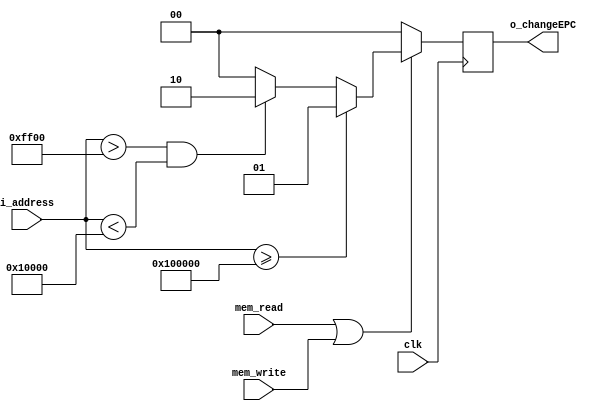
module HDU_EXCEPTIONS (
    i_address,
    mem_read,
    mem_write,
    clk,
    o_changeEPC,
);
input  clk; 
input [31:0] i_address;
input mem_read, mem_write;
output reg [1:0] o_changeEPC;

always @(negedge clk) begin
    
    o_changeEPC = 2'b00;
    if (mem_read || mem_write)
    begin
        if ((i_address[31:0] >= 32'h00100000 )) o_changeEPC = 2'b01;
        else if  (i_address[31:0] > 32'h0000ff00 && i_address[31:0] < 32'h00010000 )  o_changeEPC = 2'b10;
        else o_changeEPC = 2'b00;        
    end
    
end


endmodule //HDU_EXCEPTIONS